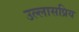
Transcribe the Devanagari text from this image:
उल्लासप्रिय